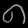
Digit: ၈